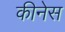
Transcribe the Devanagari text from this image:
कीनेस